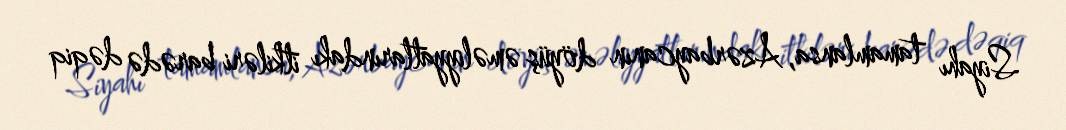
Siyahı tamamlansa, Azərbaycanın döyüş əməliyyatlarındakı itkiləri barədə dəqiq